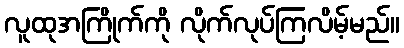
လူထုအကြိုက်ကို လိုက်လုပ်ကြလိမ့်မည်။